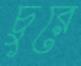
চুরে